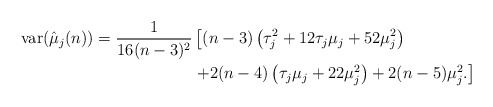
\begin{align*}\mbox{var} (\hat{\mu}_j(n)) = \frac{1}{16(n-3)^2} & \left[ (n-3) \left( \tau_j^2 +12 \tau_j \mu_j +52 \mu_j ^2 \right) \right. \\& \left. + 2(n-4) \left( \tau_j \mu_j +22 \mu_j ^2 \right) + 2 (n-5) \mu_j ^2. \right]\end{align*}